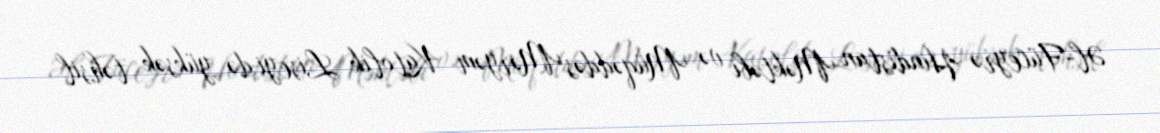
Əl-Füceyrə Hindistan Məktəbi və Müqəddəs Məryəm Katolik Liseyi də yüksək təhsil